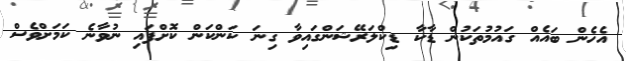
އެހެން ބައެއް ގައުމުތަކުން ޑާކާ ޑިކްލަރޭޝަންގައިވާ ގިނަ ކަންކަން ކޮށްފައި ނުވާނެ ކަަމަށްވެސް